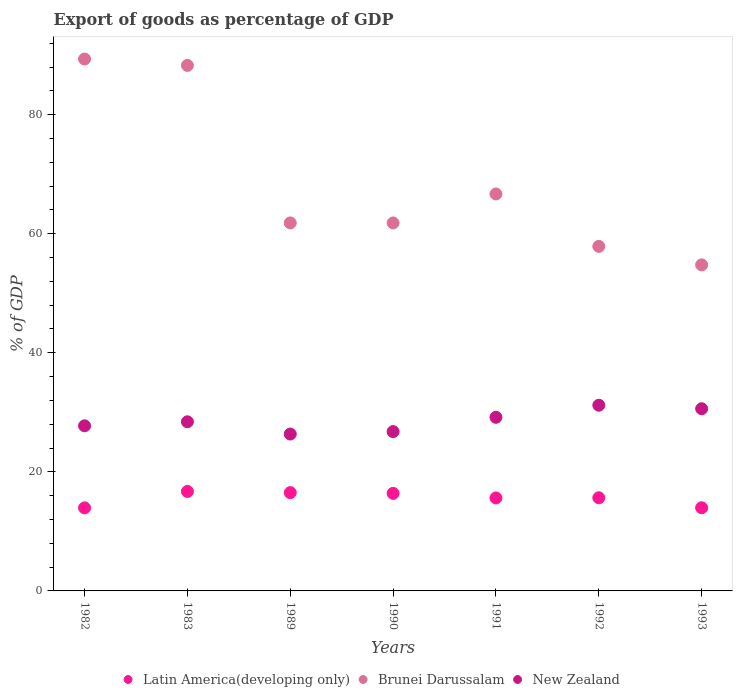
| Years | Latin America(developing only) | Brunei Darussalam | New Zealand |
 | --- | --- | --- | --- |
 | 1982 | 14 | 89.3 | 27.7 |
 | 1983 | 16.7 | 88.3 | 28.4 |
 | 1989 | 16.5 | 61.8 | 26.4 |
 | 1990 | 16.4 | 61.8 | 26.8 |
 | 1991 | 15.6 | 66.7 | 29.2 |
 | 1992 | 15.7 | 57.9 | 31.2 |
 | 1993 | 14 | 54.8 | 30.6 |